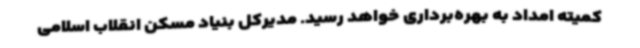
کمیته امداد به بهره‌برداری خواهد رسید. مدیرکل بنیاد مسکن انقلاب اسلامی